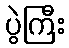
ပွဲကြီး